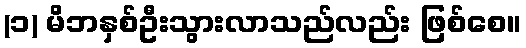
(၁) မိဘနှစ်ဦးသွားလာသည်လည်း ဖြစ်စေ။